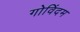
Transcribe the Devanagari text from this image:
गोविंदम